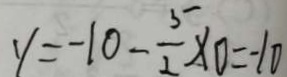
y = - 1 0 - \frac { 5 } { 2 } \times 0 = - 1 0